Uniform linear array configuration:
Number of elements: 12
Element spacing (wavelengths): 0.75
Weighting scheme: cosine
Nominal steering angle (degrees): -30
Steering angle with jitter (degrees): -31.821
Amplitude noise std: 0.05
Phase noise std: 0.05

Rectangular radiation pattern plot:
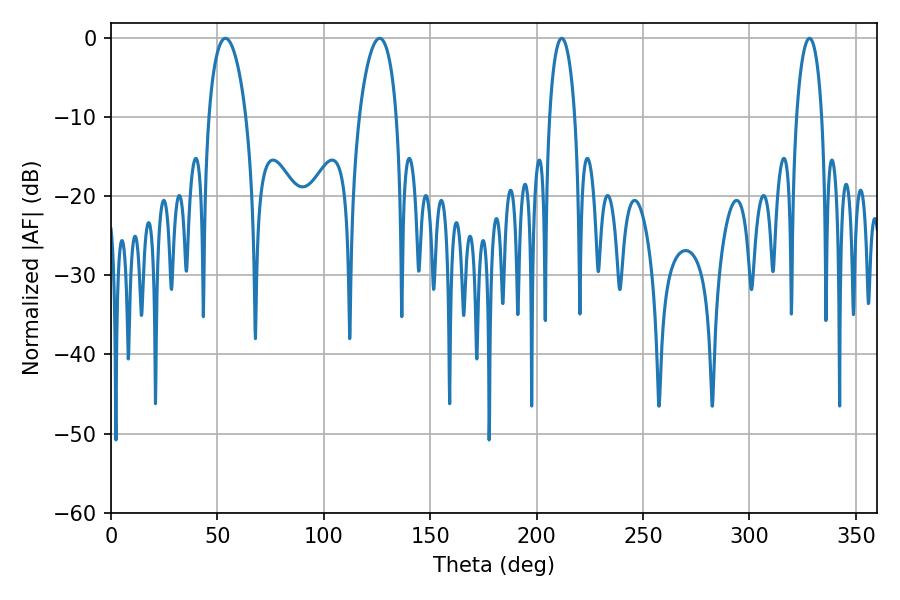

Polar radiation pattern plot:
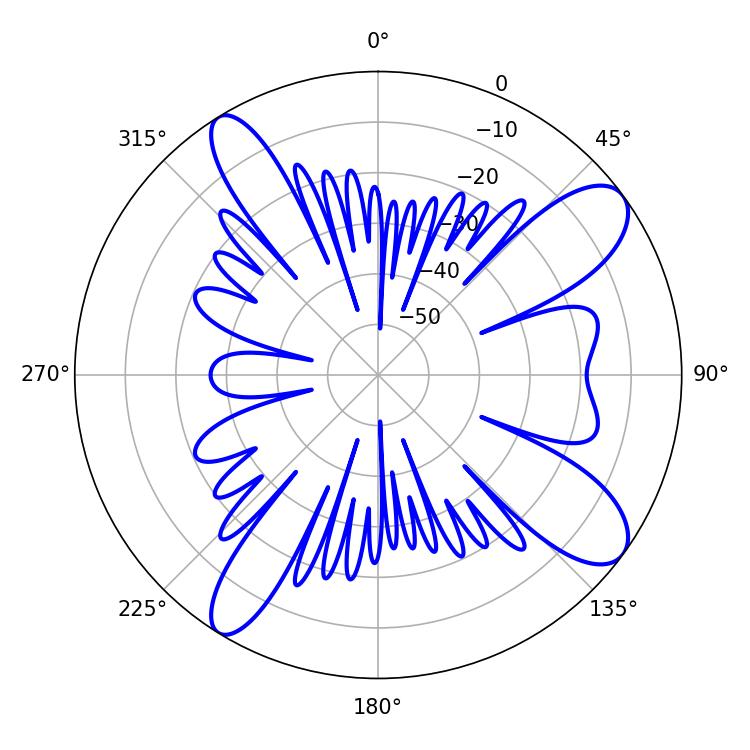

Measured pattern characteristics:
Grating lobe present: TRUE
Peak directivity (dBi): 10.651
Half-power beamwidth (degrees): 9.9
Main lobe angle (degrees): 53.82